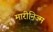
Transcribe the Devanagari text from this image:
मारीनिज्म